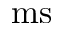
\mathrm { m s }